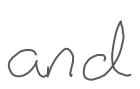
Text: and
Cross-out: clean
Writing tool: digital_gray